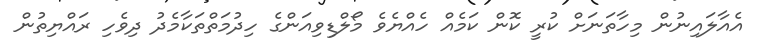
އެއާލައިނުން މިހާތަނަށް ކުރީ ކޮން ކަމެއް ހެއްޔެވެ މޯލްޑިވިއަންގެ ހިދުމަތްތަކާމެދު ދިވެހި ރައްޔިތުން